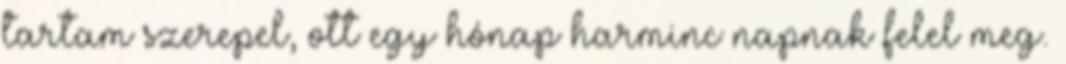
tartam szerepel, ott egy hónap harminc napnak felel meg.